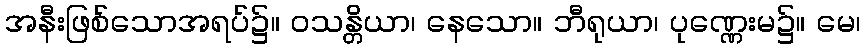
အနီးဖြစ်သောအရပ်၌။ ဝသန္တိယာ၊ နေသော။ ဘီရုယာ၊ ပုဏ္ဏေးမ၌။ မေ၊